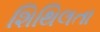
શિથિલતા